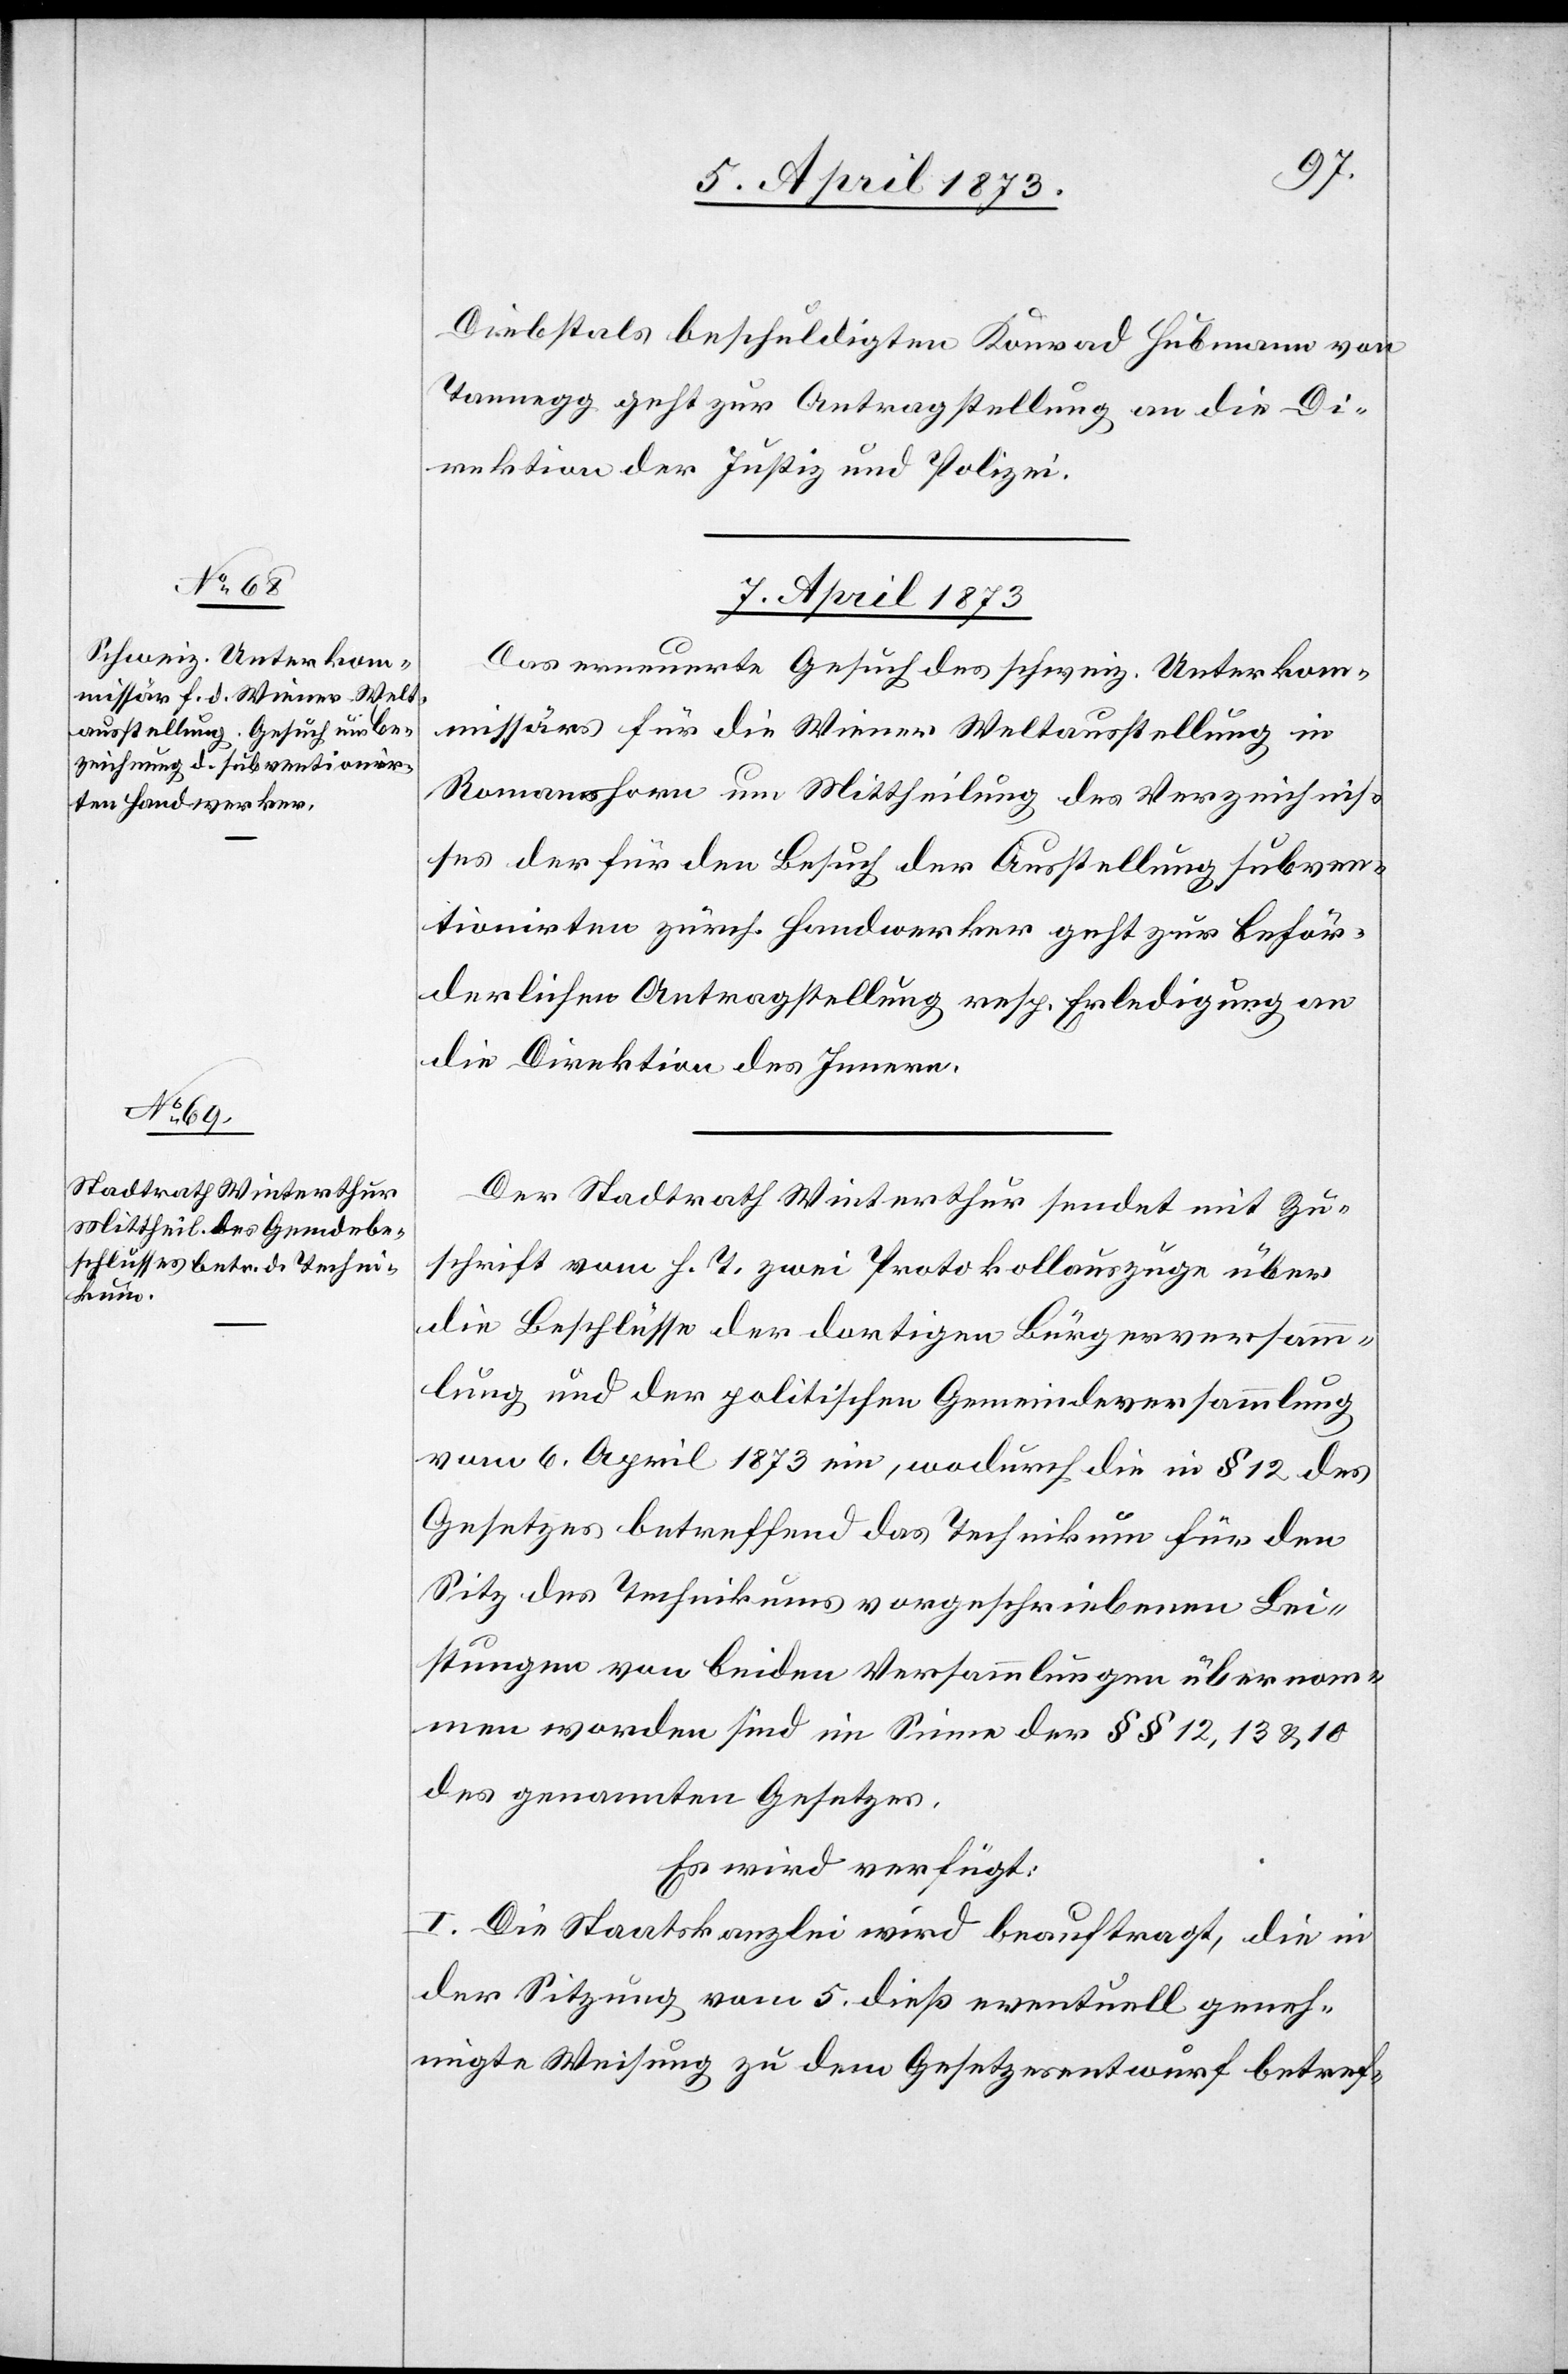
Diebstals beschuldigten Konrad Hubmann von
Tannegg geht zur Antragstellung an die Di¬
rektion der Justiz und Polizei.
7. April 1873.]
Das erneuerte Gesuch des schweiz. Unterkom¬
missärs für die Wiener Weltausstellung in
Romanshorn um Mittheilung des Verzeichnis¬
ses der für den Besuch der Ausstellung subven¬
tionirten zürch. Handwerker geht zur beför¬
derlichen Antragstellung resp. Erledigung an
die Direktion des Innern.
Der Stadtrath Winterthur sendet mit Zu¬
schrift vom h. T. zwei Protokollauszüge über
die Beschlüsse der dortigen Bürgerversamm¬
lung und der politischen Gemeindeversammlung
vom 6. April 1873 ein, wodurch die in § 12 des
Gesetzes betreffend das Technikum für den
Sitz des Technikums vorgeschriebenen Lei¬
stungen von beiden Versammlungen übernom¬
men worden sind im Sinne der §§ 12, 13 & 10
des genannten Gesetzes.
Es wird verfügt:
I. Die Staatskanzlei wird beauftragt, die in
der Sitzung vom 5. dieß eventuell geneh¬
migte Weisung zu dem Gesetzesentwurf betref-